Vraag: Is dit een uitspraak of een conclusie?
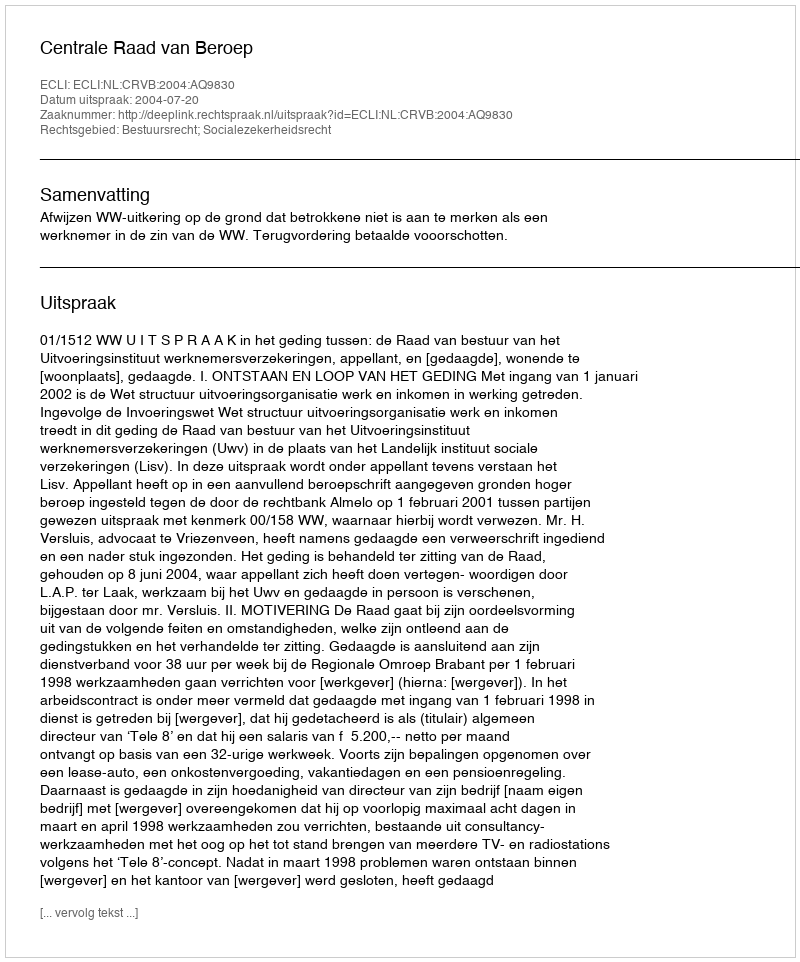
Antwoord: Uitspraak